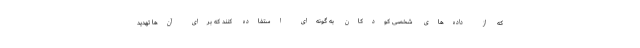
که از داده‌های شخصی کودکان به گونه‌ای استفاده کنند که برای آن‌ها تهدید